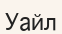
Уайл